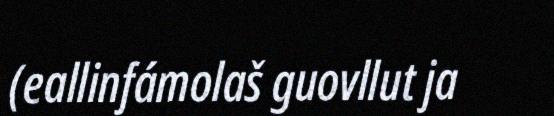
(eallinfámolaš guovllut ja